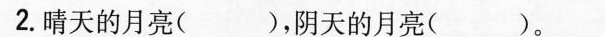
2.晴天的月亮( )，阴天的月亮( )。